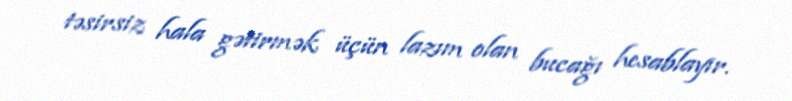
təsirsiz hala gətirmək üçün lazım olan bucağı hesablayır.